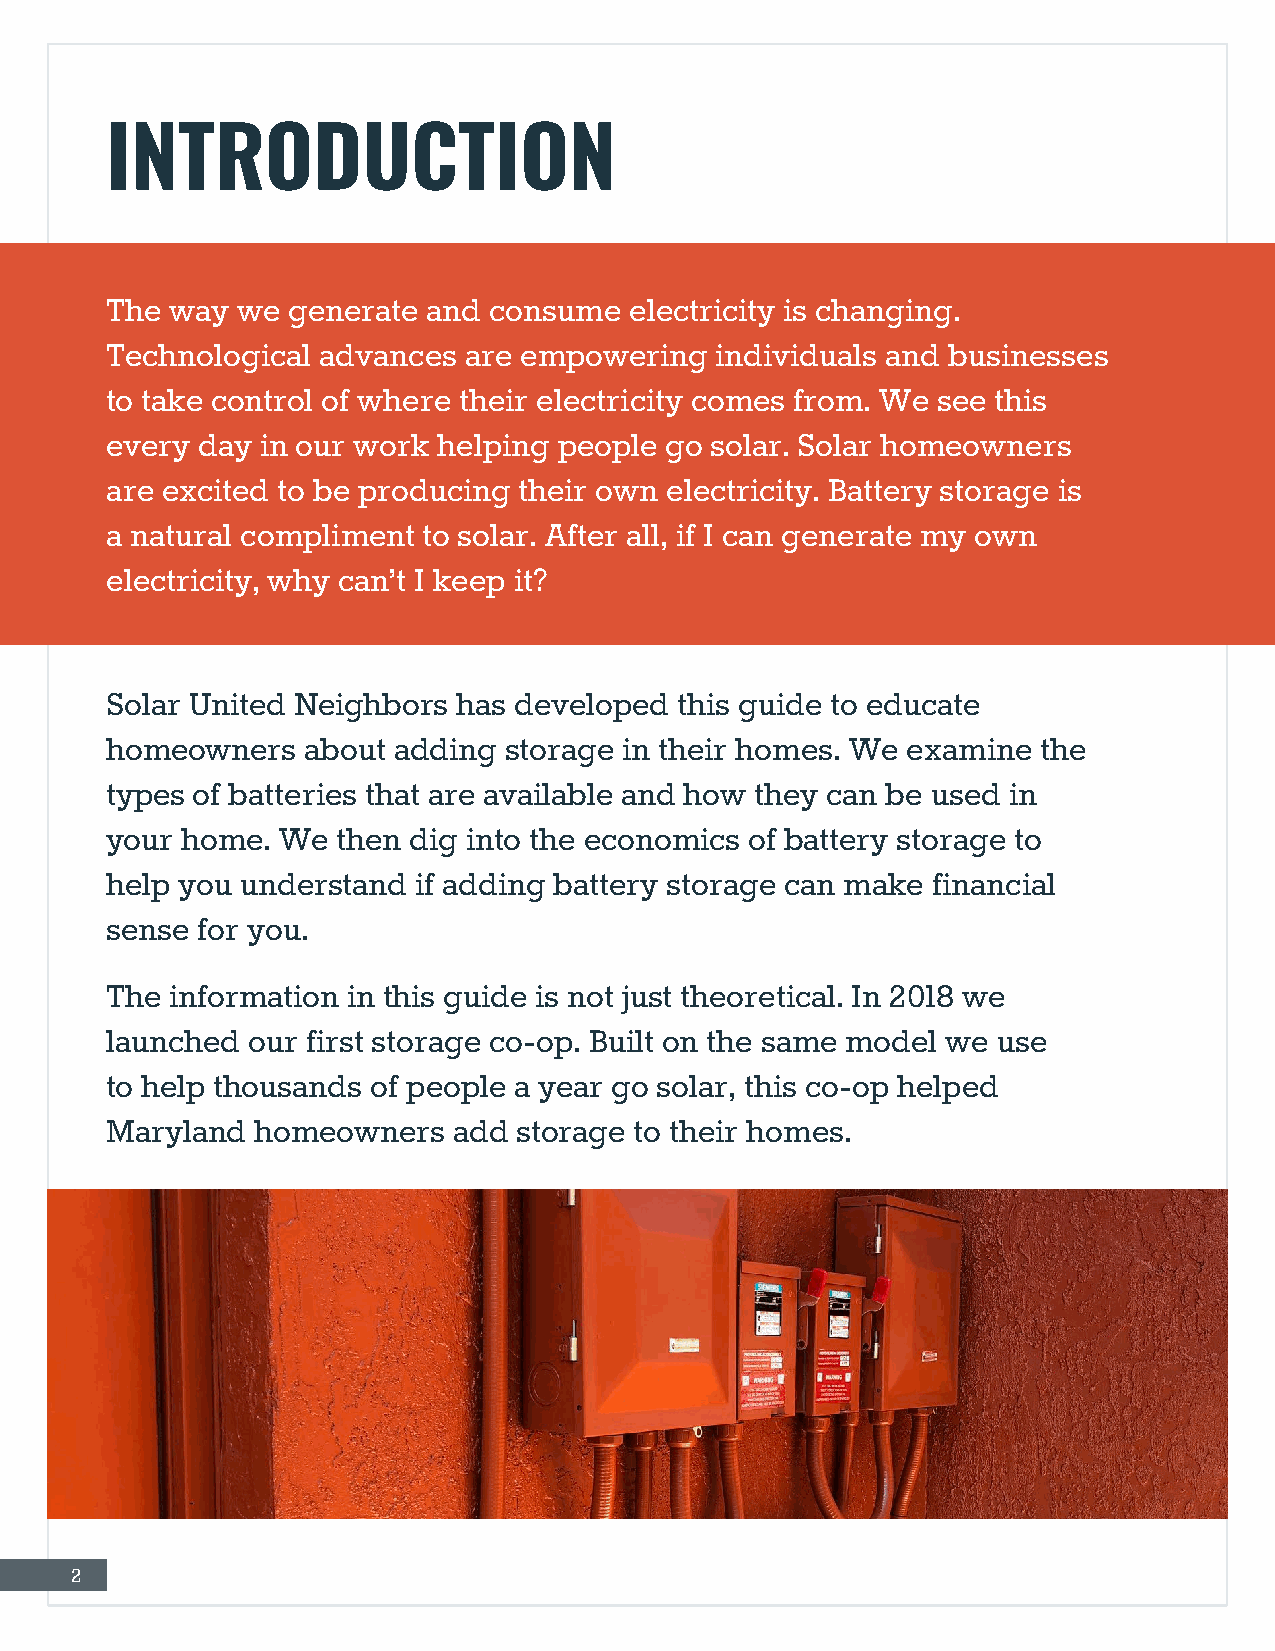
INTRODUCTION
 The way  we generate and consume   electricity is changing.
 Technological advances  are empowering  individuals and businesses
 to take control of where their electricity comes from. We see this
 every day in our work helping people go solar. Solar homeowners
 are excited to be producing their own electricity. Battery storage is
 a natural compliment to solar. After all, if I can generate my own
 electricity, why can’t I keep it?
 Solar United Neighbors has developed  this guide to educate
 homeowners   about adding storage in their homes. We examine  the
 types of batteries that are available and how they can be used in
 your home.  We then dig into the economics of battery storage to
 help you understand  if adding battery storage can make financial
 sense for you.
 The information in this guide is not just theoretical. In 2018 we
 launched our first storage co-op. Built on the same model we use
 to help thousands of people a year go solar, this co-op helped
 Maryland  homeowners   add storage to their homes.
 2